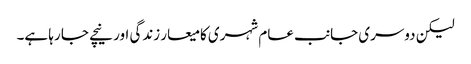
لیکن دوسری جانب عام شہری کا میعار زندگی اور نیچے جا رہا ہے۔